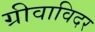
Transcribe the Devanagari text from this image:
ग्रीवाविदर